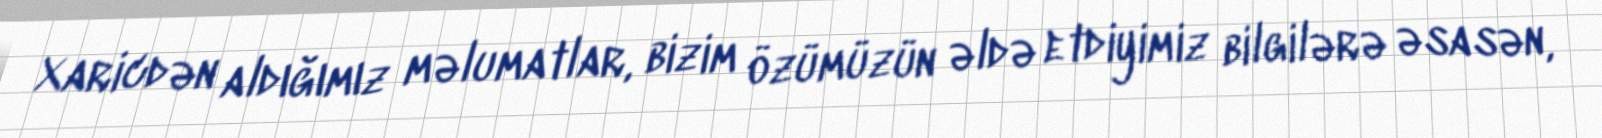
Xaricdən aldığımız məlumatlar, bizim özümüzün əldə etdiyimiz bilgilərə əsasən,